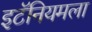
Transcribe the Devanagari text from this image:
इटॅनियमला